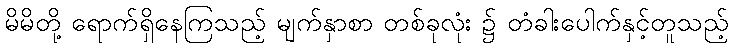
မိမိတို့ ရောက်ရှိနေကြသည့် မျက်နှာစာ တစ်ခုလုံး ၌ တံခါးပေါက်နှင့်တူသည့်